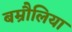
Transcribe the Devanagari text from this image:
बम्रौलिया